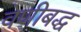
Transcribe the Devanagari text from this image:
वेणीबद्ध